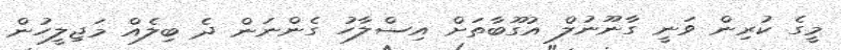
މީގެ ކުރިން ވަނީ ގާނޫނުލް އުގޫބާތަށް އިސްލާހު ގެންނަން ދެ ބިލެއް މަޖިލީހުން